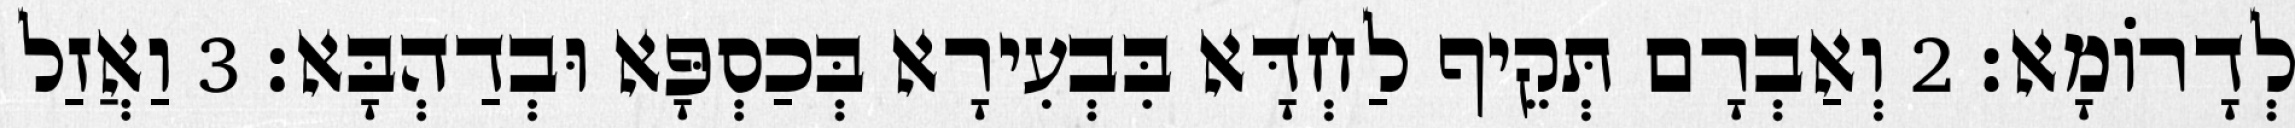
לְדָרוֹמָא׃ 2 וְאַבְרָם תְּקֵיף לַחְדָּא בִּבְעִירָא בְּכַסְפָּא וּבְדַהְבָּא׃ 3 וַאֲזַל